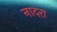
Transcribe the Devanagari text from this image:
नादरा